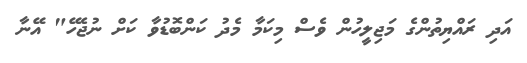
އަދި ރައްޔިތުންގެ މަޖިލީހުން ވެސް މިކަމާ މެދު ކަންބޮޑުވާ ކަށް ނުޖެހޭ" އޭނާ